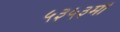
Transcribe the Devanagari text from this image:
५३५३मी